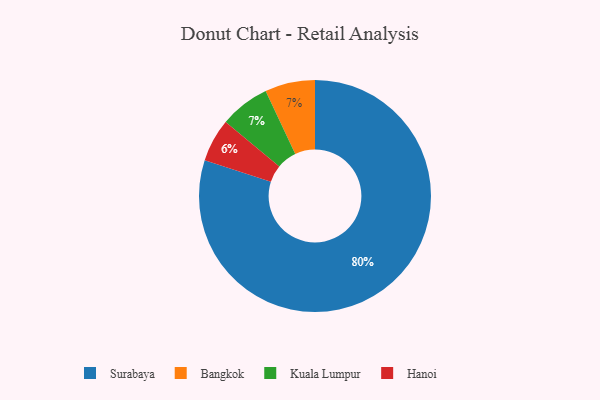
{"axis": {"x": "Category", "y": "Percentage"}, "legend": ["Bangkok", "Hanoi", "Kuala Lumpur", "Surabaya"], "data": [{"x": "Hanoi", "y": 6, "type": "Hanoi"}, {"x": "Surabaya", "y": 80, "type": "Surabaya"}, {"x": "Bangkok", "y": 7, "type": "Bangkok"}, {"x": "Kuala Lumpur", "y": 7, "type": "Kuala Lumpur"}]}